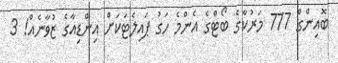
ބޮއިންގް 777 މަރުކާގެ ބޯޓްގެ އެންމެ ހަގު ޕައިލެޓަކަށް އިންޑިއާގެ ޒުވާނެއް! 3